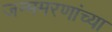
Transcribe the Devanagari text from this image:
जन्ममरणांच्या